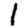
Digit: 1